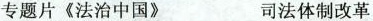
专题片《法治中国》 司法体制改革